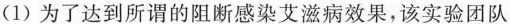
(1)为了达到所谓的阻断感染艾滋病效果，该实验团队